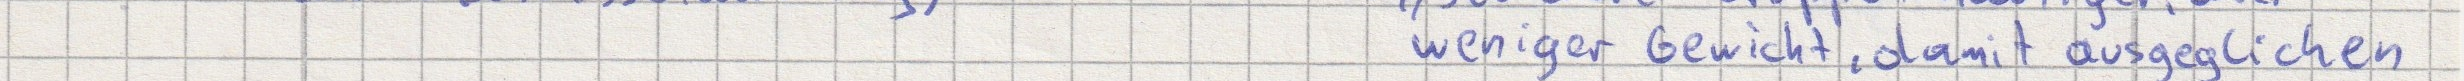
weniger Gewicht, damit ausgeglichen